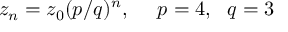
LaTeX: z _ { n } = z _ { 0 } ( p / q ) ^ { n } , \ \ \ \ p = 4 , \ \ q = 3